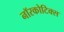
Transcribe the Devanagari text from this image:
नॉरकोटिक्स